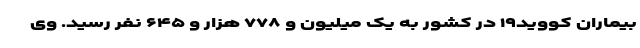
بیماران کووید۱۹ در کشور به یک میلیون و ۷۷۸ هزار و ۶۴۵ نفر رسید. وی